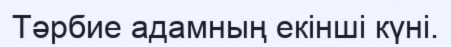
Тәрбие адамның екінші күні.